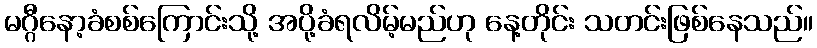
မဂ္ဂီနော့ခံစစ်ကြောင်းသို့ အပို့ခံရလိမ့်မည်ဟု နေ့တိုင်း သတင်းဖြစ်နေသည်။